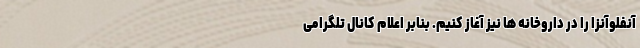
آنفلوآنزا را در داروخانه ها نیز آغاز کنیم. بنابر اعلام کانال تلگرامی